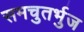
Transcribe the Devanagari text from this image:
समचुतर्भुज